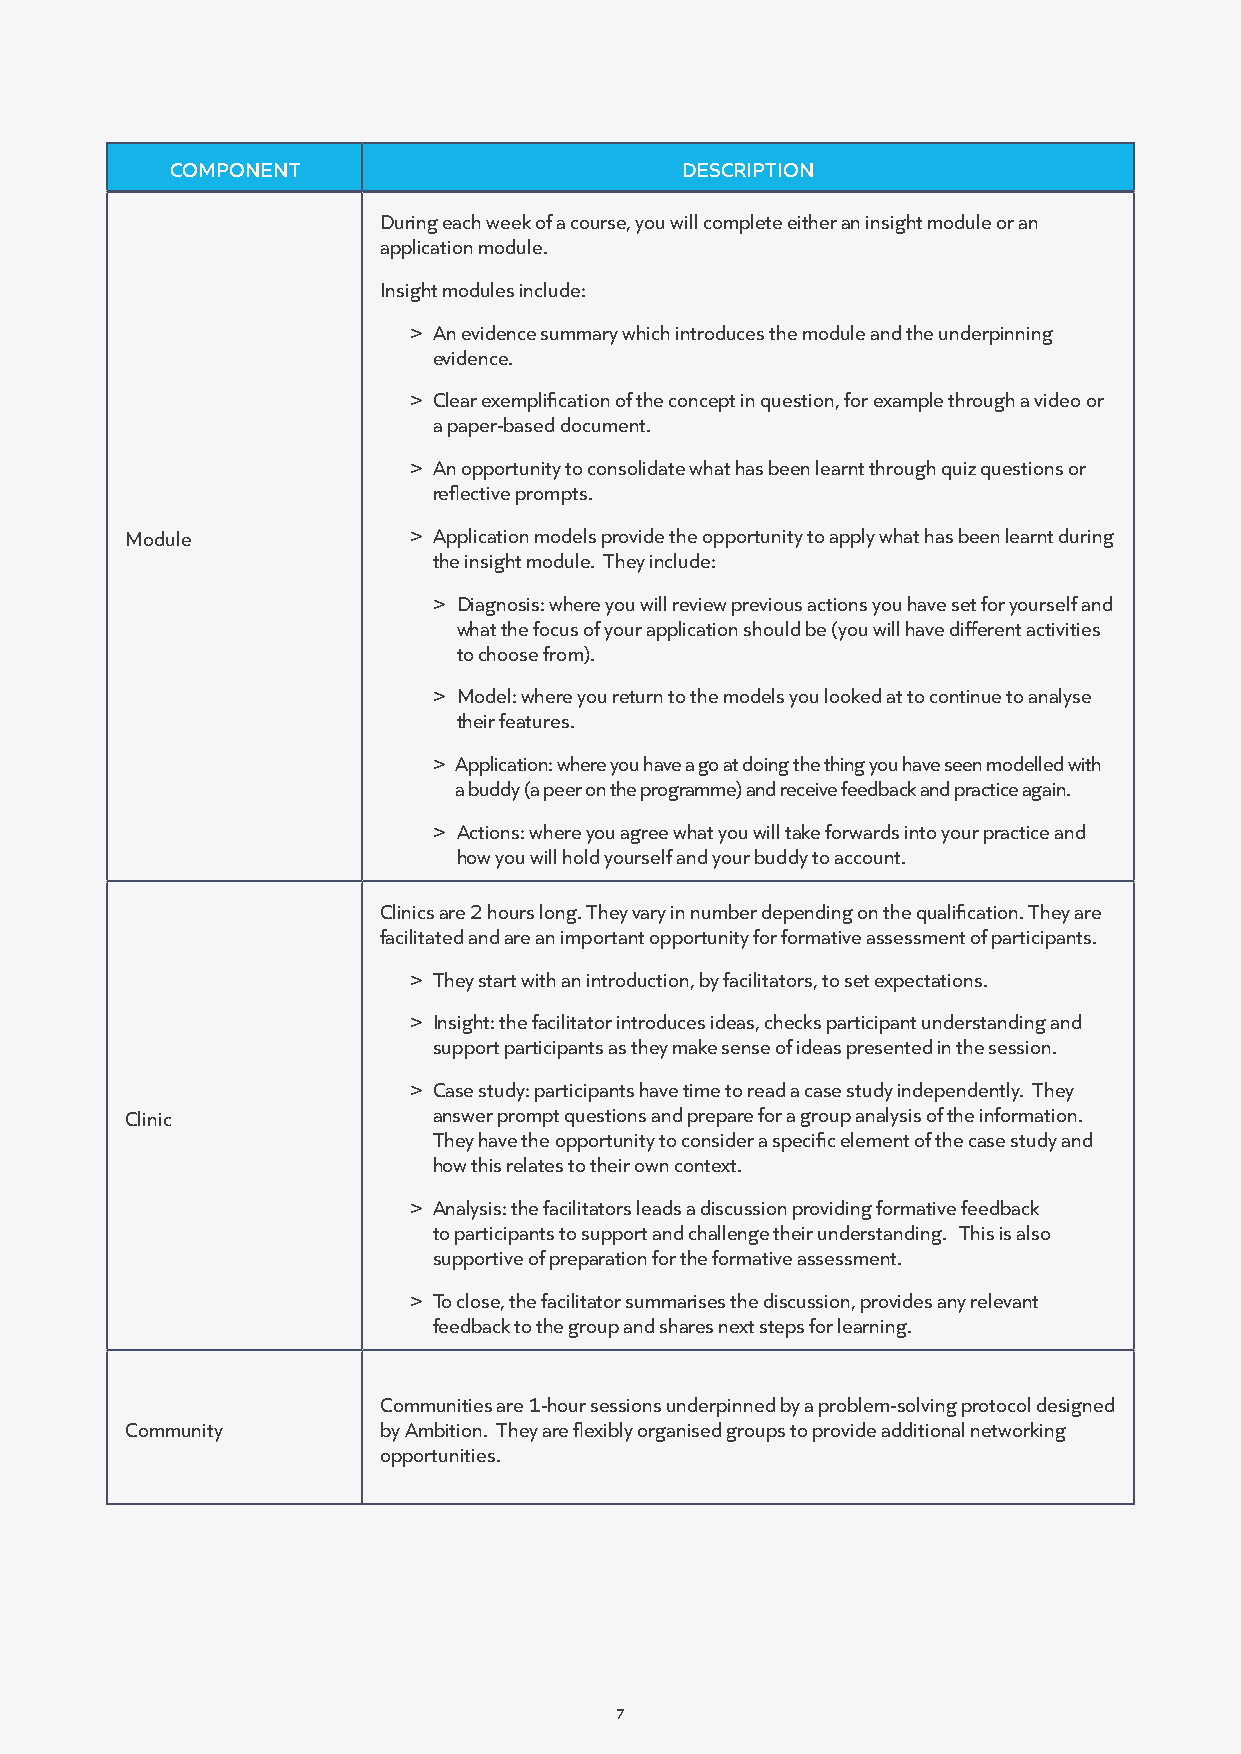
COMPONENT                         DESCRIPTION
 During each week of a course, you will complete either an insight module or an
 application module.
 Insight modules include:
 > An evidence summary which introduces the module and the underpinning
 evidence.
 > Clear exemplification of the concept in question, for example through a video or
 a paper-based document.
 > An opportunity to consolidate what has been learnt through quiz questions or
 reflective prompts.
 Module             > Application models provide the opportunity to apply what has been learnt during
 the insight module. They include:
 > Diagnosis: where you will review previous actions you have set for yourself and
 what the focus of your application should be (you will have different activities
 to choose from).
 > Model: where you return to the models you looked at to continue to analyse
 their features.
 > Application: where you have a go at doing the thing you have seen modelled with
 a buddy (a peer on the programme) and receive feedback and practice again.
 > Actions: where you agree what you will take forwards into your practice and
 how you will hold yourself and your buddy to account.
 Clinics are 2 hours long. They vary in number depending on the qualification. They are
 facilitated and are an important opportunity for formative assessment of participants.
 > They start with an introduction, by facilitators, to set expectations.
 > Insight: the facilitator introduces ideas, checks participant understanding and
 support participants as they make sense of ideas presented in the session.
 > Case study: participants have time to read a case study independently. They
 Clinic               answer prompt questions and prepare for a group analysis of the information.
 They have the opportunity to consider a specific element of the case study and
 how this relates to their own context.
 > Analysis: the facilitators leads a discussion providing formative feedback
 to participants to support and challenge their understanding. This is also
 supportive of preparation for the formative assessment.
 > To close, the facilitator summarises the discussion, provides any relevant
 feedback to the group and shares next steps for learning.
 Communities are 1-hour sessions underpinned by a problem-solving protocol designed
 Community        by Ambition. They are flexibly organised groups to provide additional networking
 opportunities.
 7